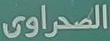
الصحراوى